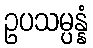
ဥပသမ္ပန္နံ